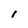
Character: l